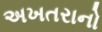
અખતરાનો